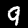
Label: 9